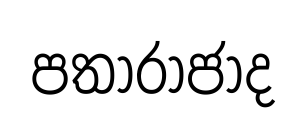
පතාරාජාද